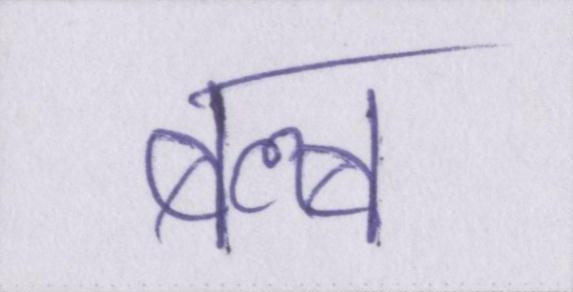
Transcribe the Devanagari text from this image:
बल्ब